Tezpur Lunatic Asylum reports 1877-1894 - 1877-1894
Year: 1877
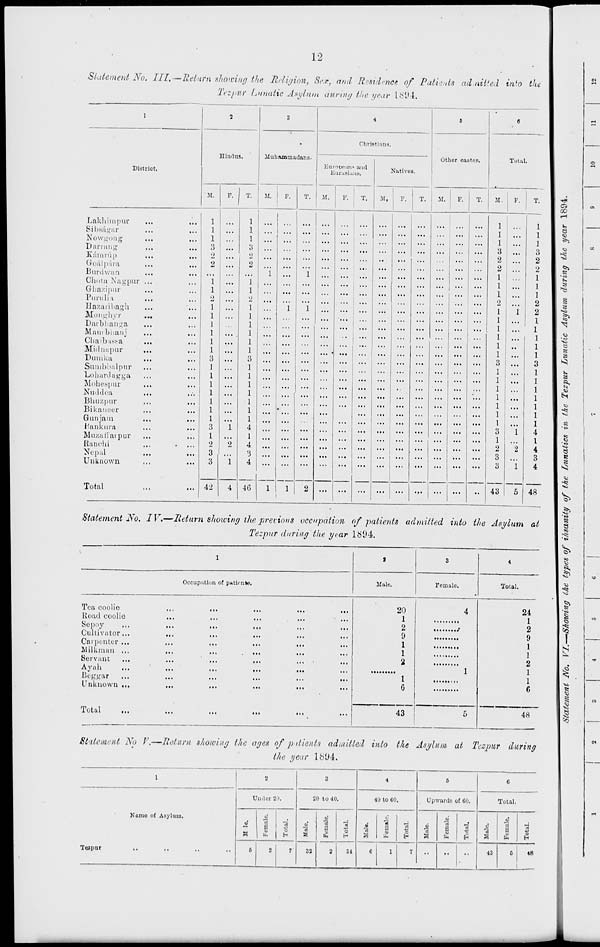
12
Statement No. Ill,—Return showing the Religion, Sr.r., and Residence of Patients admitted into the
Tezpur Lunatic Asylum during the year Lbl)4.
1
2
3
4
5
6
Hindus,
Muhammadfins-
Christians.
Other castes.
District.
European" and
Eurusi.iii.s.
Natives.
Total
M.
F.
T.
M. | F.
T.
M.
F.
T,
M,
F.
T.
M.
F.
T.
M.
F.
T.
Lakhimpur
Sibsagar
...
...
Nowgong
Darning
Kamnip
Goal para
Burdwan
...
Chota Nagpur ...
Gbazipur
...
Pnnili i
IJazaiil>agh
Monghyr
Darbhanga
Manibiianj
Cbaibasta
Mid nap ur
Dumka
Sumbbalpur
Lobardagga
Mohespur
Nuddea
...
Bhuzpur
Bikaneer
Gunjain
I'anknra
Muzail'aipur
Ranehi
...
Nepal
Unknown
3
1
2
3
3
1
2
i
1
1
1
3
0
2
"l
1
•I
1
1
1
1
1
1
3
1
1
1
1
1
1
1
4
1
4
3
4
1
'i
"1
i
"1
...
...
••
...
...
••
...
1
1
1
3
2
2
1
3
1
2
3
3
43
"i
"i
"2
"1
5
*
3
4
Total
42
4
46
1
1 j 2
1
...
...
...
...
...
... j ... •■
48
Statement No. IV.—Return showing the previous occupation of patients admitted into the Asylum at
Tezpur during the year 1894.
Occupation of patirnte.
Male.
Female.
Total.
8
8
"to
§;
I
S
B
i
1
Tea coolie
Road coolie
Sepoy-
Cultivator .
Carpenter .
Milkman .
Servant
Ayah
Beggar .
Unknown .
Total
20
1
2
9
1
1
2
' 1
6
43
24
1
2
9
1
1
2
1
1
6
48
Statement No V.—Return showing the ages of p ttients admitted into the Asylum at Tezpur during
the year lb ( J4.